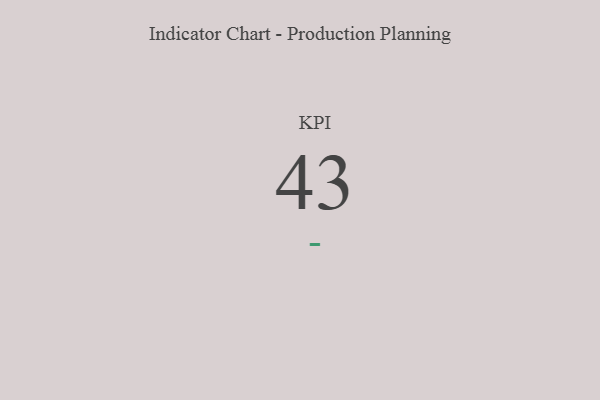
{"axis": {"x": "KPI", "y": "Value"}, "legend": [""], "data": [{"x": "KPI", "y": 43, "type": ""}]}